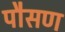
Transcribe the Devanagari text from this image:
पौसण